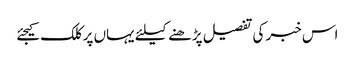
اس خبر کی تفصیل پڑھنے کیلئے یہاں پر کلک کیجئے